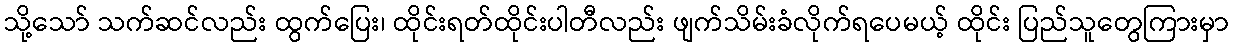
သို့သော် သက်ဆင်လည်း ထွက်ပြေး၊ ထိုင်းရတ်ထိုင်းပါတီလည်း ဖျက်သိမ်းခံလိုက်ရပေမယ့် ထိုင်း ပြည်သူတွေကြားမှာ